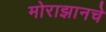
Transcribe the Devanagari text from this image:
मोराझानचे